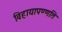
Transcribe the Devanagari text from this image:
विहायापण्णति